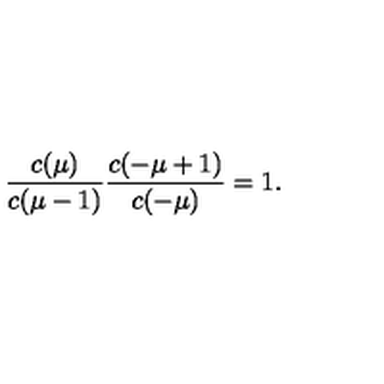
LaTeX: \frac { c ( \mu ) } { c ( \mu - 1 ) } \frac { c ( - \mu + 1 ) } { c ( - \mu ) } = 1 .